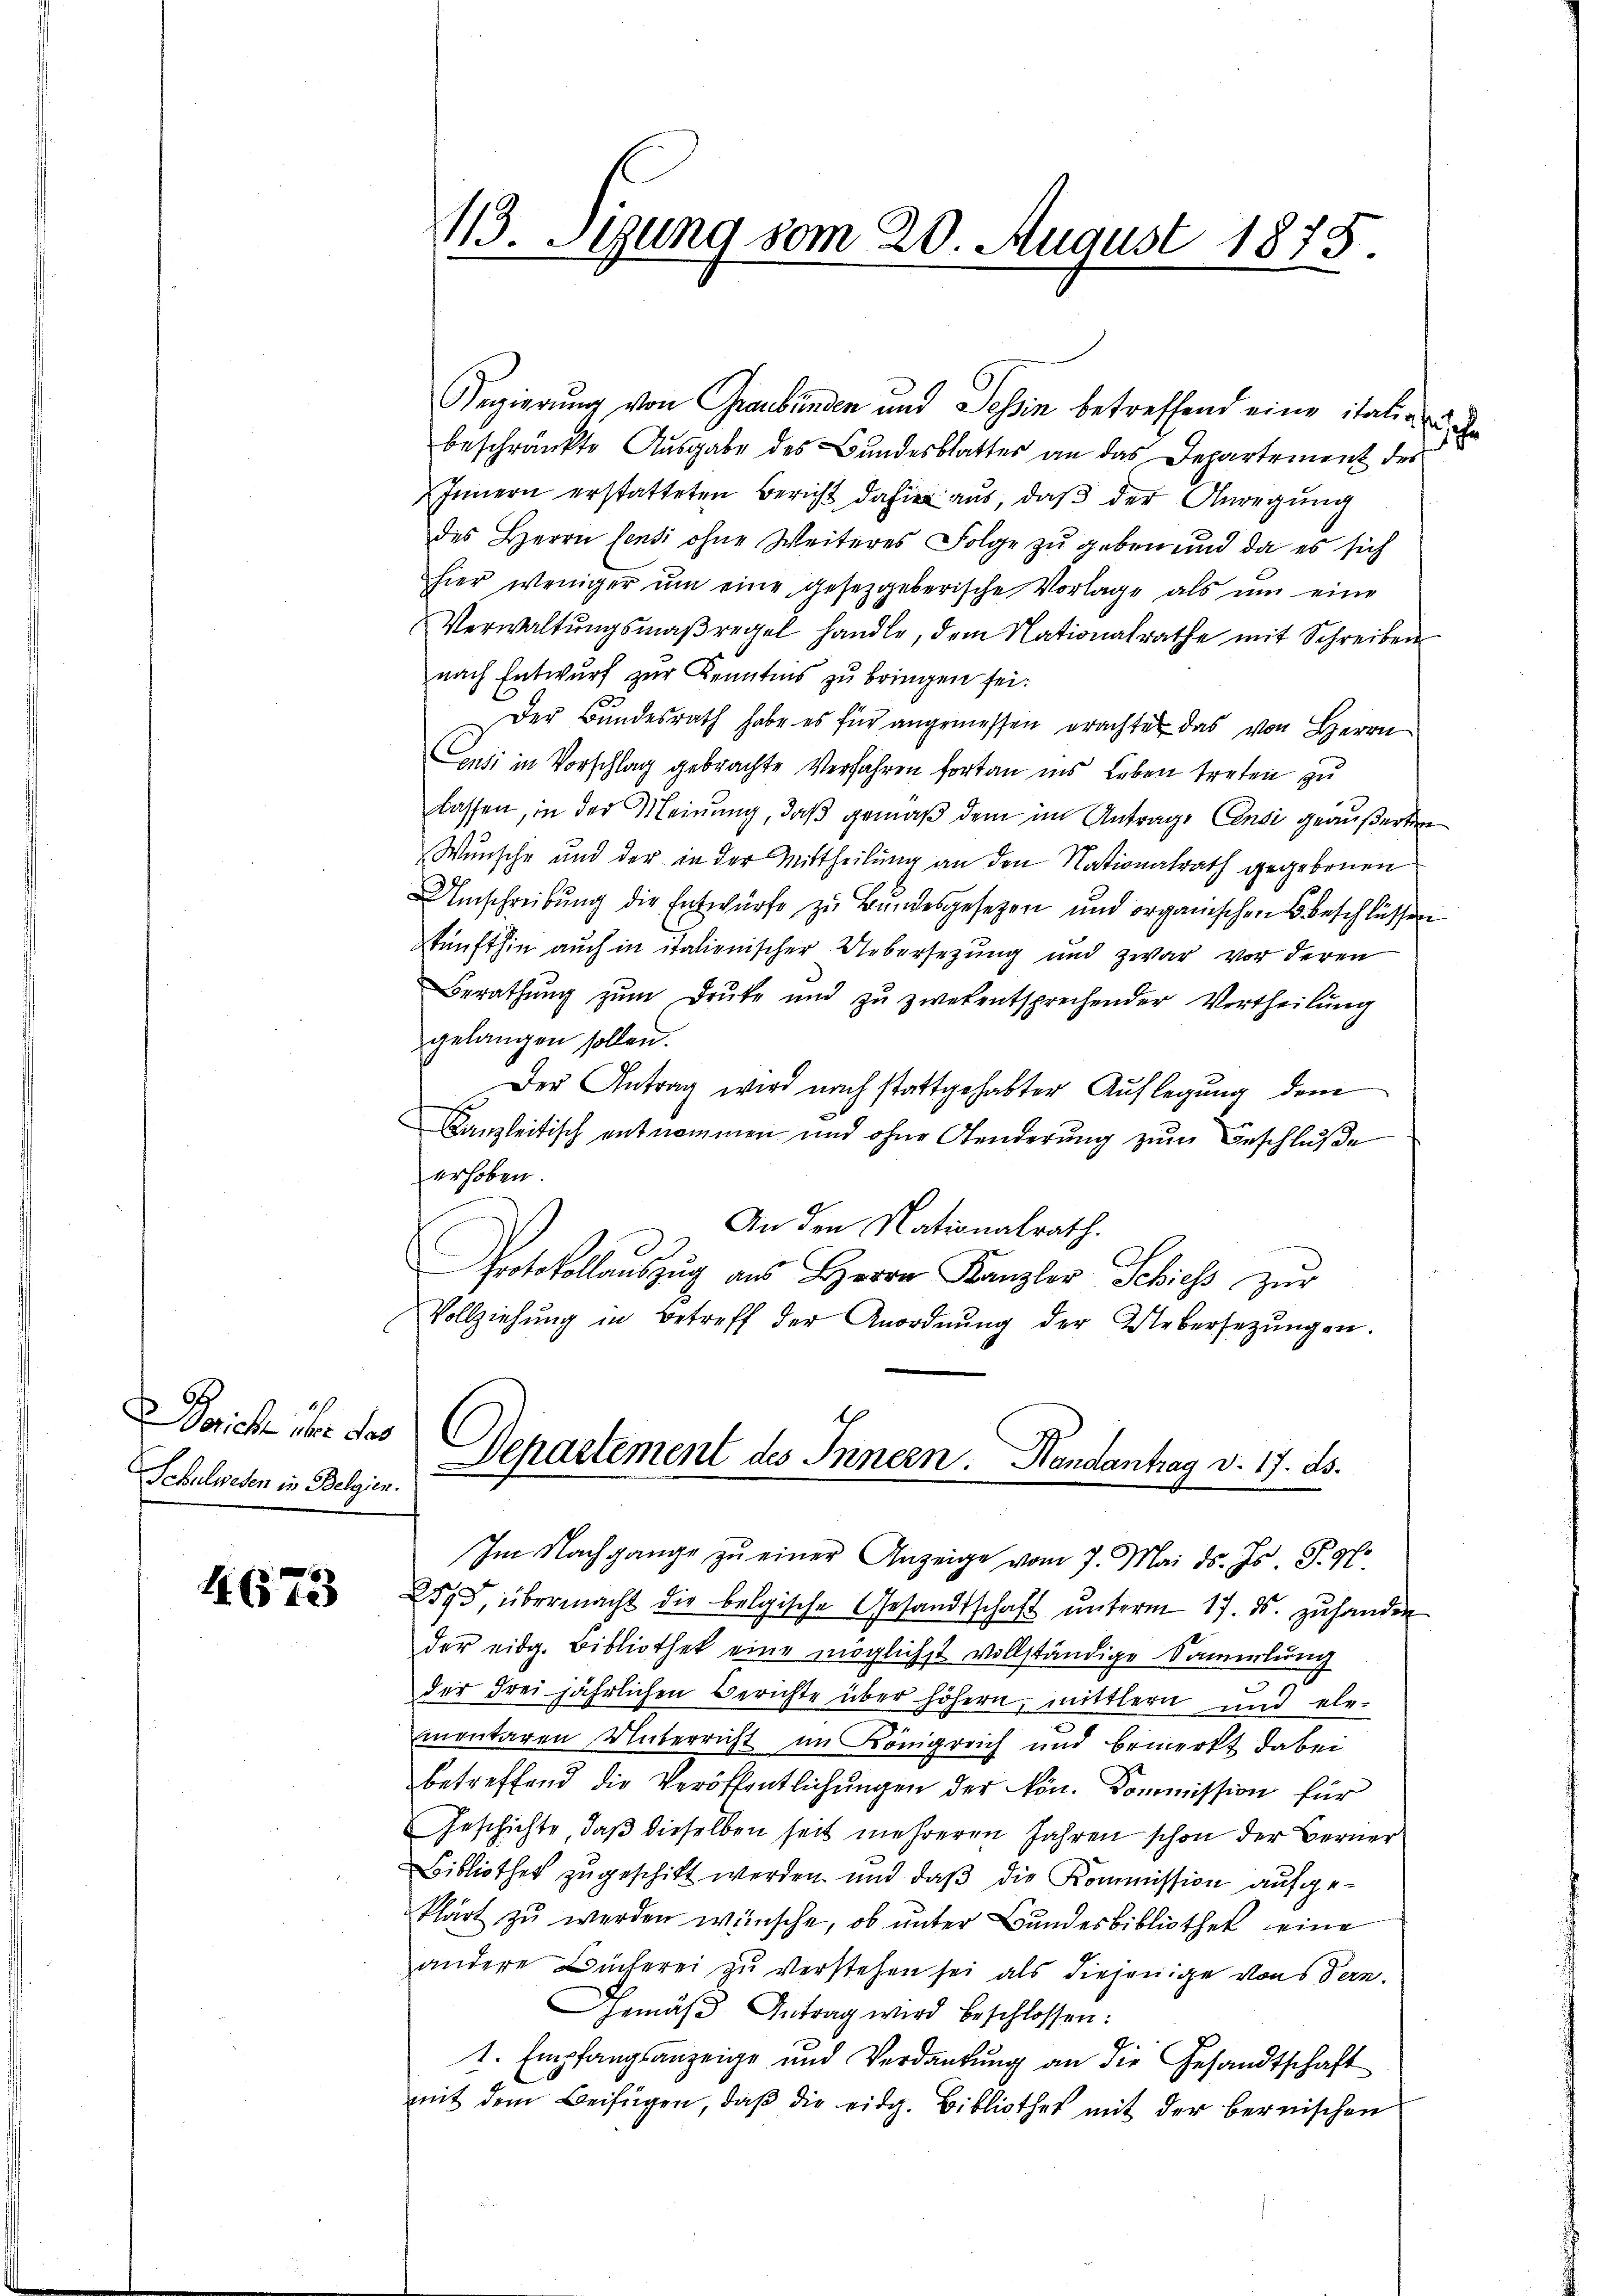
Bsich über das
Schulwesen in Belgien.

4673

Regierung von Graubünden und Sohin betreffend eine italia un
beschränkte Ausgabe des Bundesblattes an das Departement des
Innern erstatteten Bericht dahier aus, daß der Anregung
des Herrn Centi ohne Weiteres Folge zu geben und da es sich
hier weniger ŭm eine gesetzgeberische Vorlage als um eine
Verwaltŭngsmaßregel handle, dem Nationalrathe mit Schreiben
nach Entwurf zur Kenntnis zu bringen sei.
Der Bundesrath habe es für angemessen erachter das von Herrn
ensi in Vorschlag gebrachte Verfahren fortan ins Leben treten zu
lassen, in der Meinung, daß gemäß dem im Antrage Censi geäußerten
Wunsche und der in der Mittheilung an den Nationalrath gegebenen
Umschreibung die Entwürfe zu Bundesgesetzen und organischen Beschlüssen
skunfthin auch in italienischer Uebersezung und zwar vor deren
Berathŭng zŭm Drute und zu zwekentsprechender Vertheilŭng
gelangen sollen.
Der Antrag wird nach stattgehabter Auflegung dem
B
Banzleitisch entnommen und ohne Aenderung zum Beschluße
erhoben.
An den Nationalrath.
A
Protokollaŭszŭg aŭs Herrn Kanzler Schiess zŭr
Vollziehŭng in Betreff der Anordnŭng der Uebersetzŭngen.

113. Segung vom 20. August 1875.

Im Nachgange zŭ einer Anzeige vom 7. Mai d. Js. S. 97.
2593, übermacht die belgische Gesandtschaft ŭnterm 17. ds. zŭ hander
der eidg. Bibliothek eine möglichst vollständige Sammlung
der dreijährlichen Berichte über höhern, mittlern und ele-
mentaren überricht im Königreich und bemerkt dabei
betreffend die Veröffentlichungen der Nön. Kommission für
Geschichte, daß dieselben seit mehreren Jahren schon der Berner
Bibliothek zugeschickt werden und daß die Kommission aufgeklärt zu werden wünsche, ob unter Bundesbibliothek eine
andere Bücherei zu verstehen sei als diejenige vons Tern.
Gemäβ Antrag wird beschlossen:
1. Empfangsanzeige und Verdankŭng an die Gesandtschaft
mit dem Beifügen, daβ die eidg. Bibliothek mit der bernischen

Departement des Innern. Handantrag v. 17. ds.